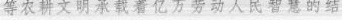
等农耕文明承载着亿万劳动人民智慧的结